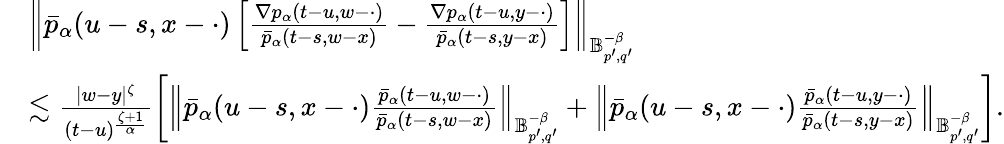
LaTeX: \begin{array}{rl}&{\left\Vert\bar{p}_{\alpha}(u-s,x-\cdot)\left[\frac{\nabla p_{\alpha}(t-u,w-\cdot)}{\bar{p}_{\alpha}(t-s,w-x)}-\frac{\nabla p_{\alpha}(t-u,y-\cdot)}{\bar{p}_{\alpha}(t-s,y-x)}\right]\right\Vert_{\mathbb{B}_{p^{\prime},q^{\prime}}^{-\beta}}}\\ &{\lesssim\frac{|w-y|^{\zeta}}{(t-u)^{\frac{\zeta+1}{\alpha}}}\left[\left\Vert\bar{p}_{\alpha}(u-s,x-\cdot)\frac{\bar{p}_{\alpha}(t-u,w-\cdot)}{\bar{p}_{\alpha}(t-s,w-x)}\right\Vert_{\mathbb{B}_{p^{\prime},q^{\prime}}^{-\beta}}+\left\Vert\bar{p}_{\alpha}(u-s,x-\cdot)\frac{\bar{p}_{\alpha}(t-u,y-\cdot)}{\bar{p}_{\alpha}(t-s,y-x)}\right\Vert_{\mathbb{B}_{p^{\prime},q^{\prime}}^{-\beta}}\right].}\end{array}